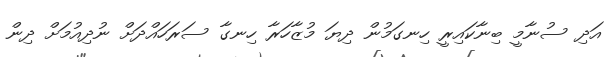
އަދި ސުނާމީ ބިނާކައިރީ ހިނގަމުން ދިޔަ މުޒާހަރާ ހިނގާ ސަރަހައްދަށް ނުދިއުމަށް ދިން